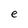
Character: e